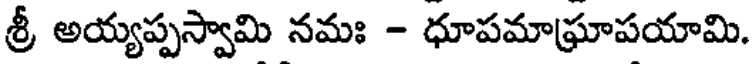
శ్రీ అయ్యప్పస్వామి నమః - ధూపమాఘ్రాపయామి.